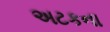
અટકના